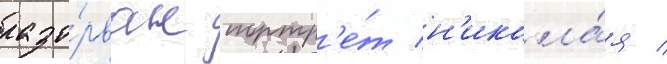
разо́рван портр'е́т н'икола́я /